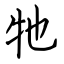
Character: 牠